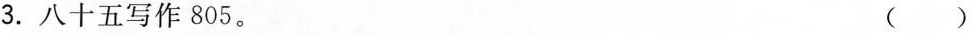
3. 八十五写作805。 ( )